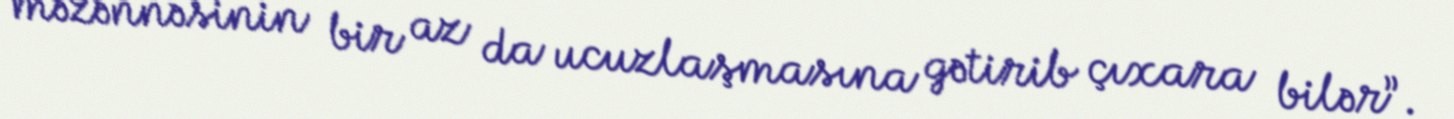
məzənnəsinin bir az da ucuzlaşmasına gətirib çıxara bilər”.